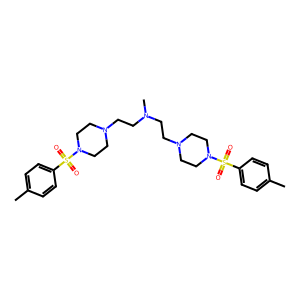
SMILES: Cc1ccc(S(=O)(=O)N2CCN(CCN(C)CCN3CCN(S(=O)(=O)c4ccc(C)cc4)CC3)CC2)cc1
Inhibits HIV replication: No